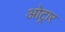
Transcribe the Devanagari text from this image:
ओट्रार